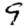
Digit: 9